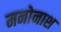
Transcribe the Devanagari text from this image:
मनोनाश